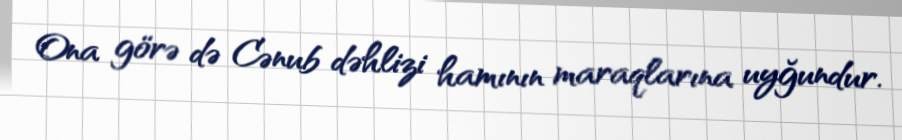
Ona görə də Cənub dəhlizi hamının maraqlarına uyğundur.